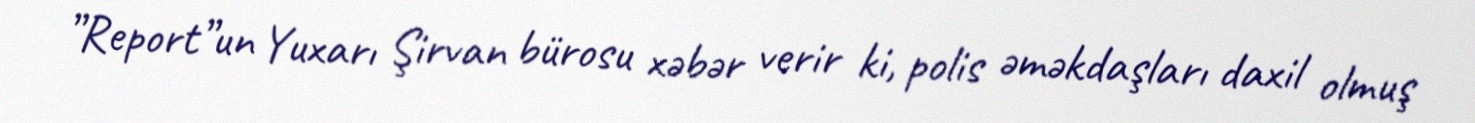
”Report”un Yuxarı Şirvan bürosu xəbər verir ki, polis əməkdaşları daxil olmuş